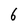
Character: 6